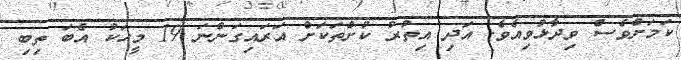
ކަމަށްވެސް ވިދާޅުވިއެވެ. އަދި އިތުރު ކުށްތަކަށް އަރައިގަަންނަ 19 މީހަކު އެބަ ތިބި